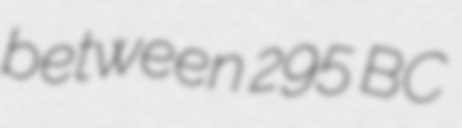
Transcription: between 295 BC